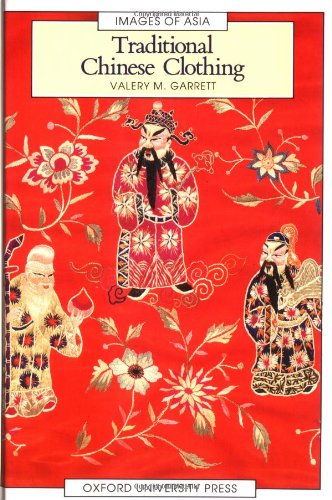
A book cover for Traditional Chinese Clothing: in Hong Kong and South China, 1840-1980 (Images of Asia); Valery M. Garrett; History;